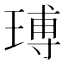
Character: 𤧵